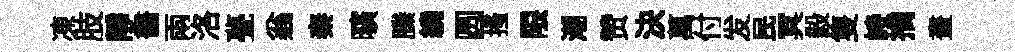
凍肢静畵兩洛甍翁秦曠縢繞圆搔限潮赞決萬付发民冥毅隻峙摘畫